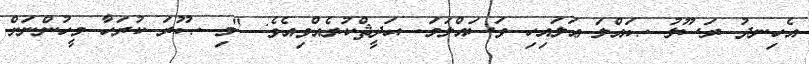
އެހިނދު ރަސޫލު ޞައްލަ ޢަލައިހި ވަސައްލަމަ- ޙަދީޘްކުރެއްވިއެވެ: "މި ޞޫރަ ކުރަހާ މީހުންނަށް